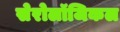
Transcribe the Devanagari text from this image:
सेरोलॉजिकल